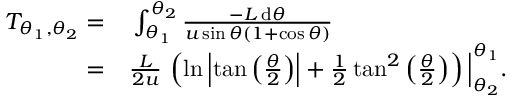
\begin{array} { r l } { T _ { \theta _ { 1 } , \theta _ { 2 } } = } & { { } \int _ { \theta _ { 1 } } ^ { \theta _ { 2 } } \frac { - L \, \mathrm { d } \theta } { u \sin \theta ( 1 + \cos \theta ) } } \\ { = } & { { } \frac { L } { 2 u } \, \left( \ln \left| \tan \left( \frac { \theta } { 2 } \right) \right| + \frac { 1 } { 2 } \tan ^ { 2 } \left( \frac { \theta } { 2 } \right) \right) \Big \vert _ { \theta _ { 2 } } ^ { \theta _ { 1 } } . } \end{array}